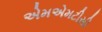
એમએમટીસી